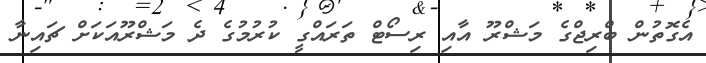
އެގޮތުން ބްރިޖްގެ މަޝްރޫ އާއި ރިސޯޓް ތަރައްގީ ކުރުމުގެ ދެ މަޝްރޫއަކަށް ޗައިނާ